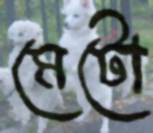
মেটো